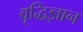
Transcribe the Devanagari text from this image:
वृद्धिज्ञान